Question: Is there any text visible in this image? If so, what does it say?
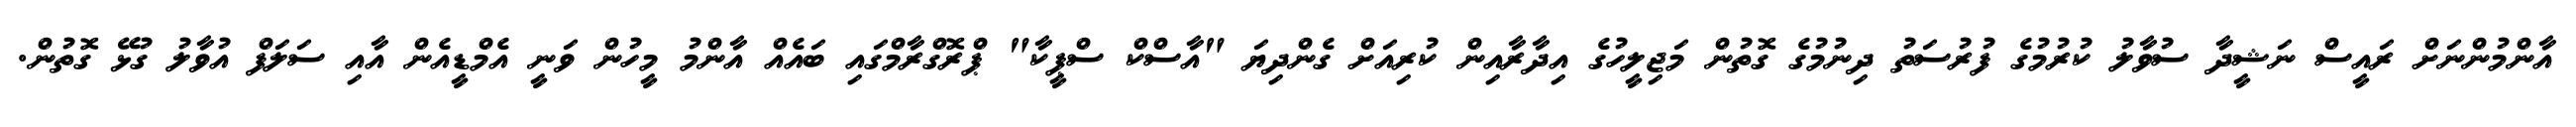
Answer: އާންމުންނަށް ރައީސް ނަޝީދާ ސުވާލު ކުރުމުގެ ފުރުސަތު ދިނުމުގެ ގޮތުން މަޖިލީހުގެ އިދާރާއިން ކުރިއަށް ގެންދިޔަ "އާސްކް ސްޕީކާ" ޕްރޮގްރާމްގައި ބައެއް އާންމު މީހުން ވަނީ އެމްޑީއެން އާއި ސަލަފް އުވާލު ގުޅޭ ގޮތުން.